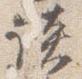
談